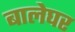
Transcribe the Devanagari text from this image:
बालेघर